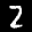
Label: 2